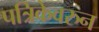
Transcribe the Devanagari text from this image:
पत्रिकेवरुन